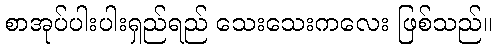
စာအုပ်ပါးပါးရှည်ရည် သေးသေးကလေး ဖြစ်သည်။